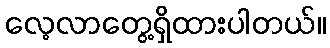
လေ့လာတွေ့ရှိထားပါတယ်။